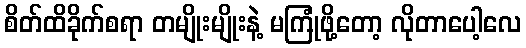
စိတ်ထိခိုက်စရာ တမျိုးမျိုးနဲ့ မကြုံဖို့တော့ လိုတာပေါ့လေ